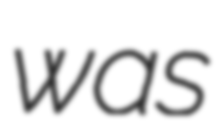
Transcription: was